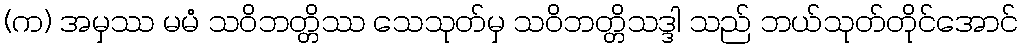
(က) အမှဿ မမံ သဝိဘတ္တိဿ သေသုတ်မှ သဝိဘတ္တိသဒ္ဒါ သည် ဘယ်သုတ်တိုင်အောင်